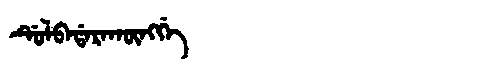
Manchu: ᡩᡠᠯᠪᠠᡩᠠᡵᠠᡴᡡᠩᡤᡝ
Romanization: DULBADARAKŪNGGE